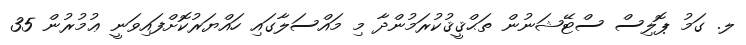
ލ. ގަމު ޕޮލިސް ސްޓޭޝަނުން ތަޙްޤީޤުކުރަމުންދާ މި މައްސަލާގައި ހައްޔަރުކޮށްފައިވަނީ ޢުމުރުން 35